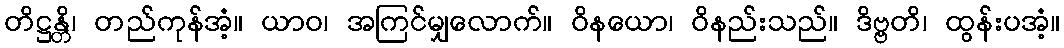
တိဋ္ဌန္တိ၊ တည်ကုန်အံ့။ ယာဝ၊ အကြင်မျှလောက်။ ဝိနယော၊ ဝိနည်းသည်။ ဒိဗ္ဗတိ၊ ထွန်းပအံ့။